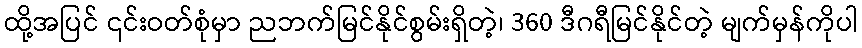
ထို့အပြင် ၎င်းဝတ်စုံမှာ ညဘက်မြင်နိုင်စွမ်းရှိတဲ့၊ 360 ဒီဂရီမြင်နိုင်တဲ့ မျက်မှန်ကိုပါ